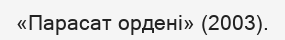
«Парасат ордені» (2003).